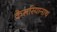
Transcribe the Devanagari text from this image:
केसरियानाथ